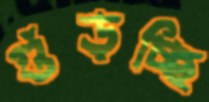
গুঁড়চ্ছি